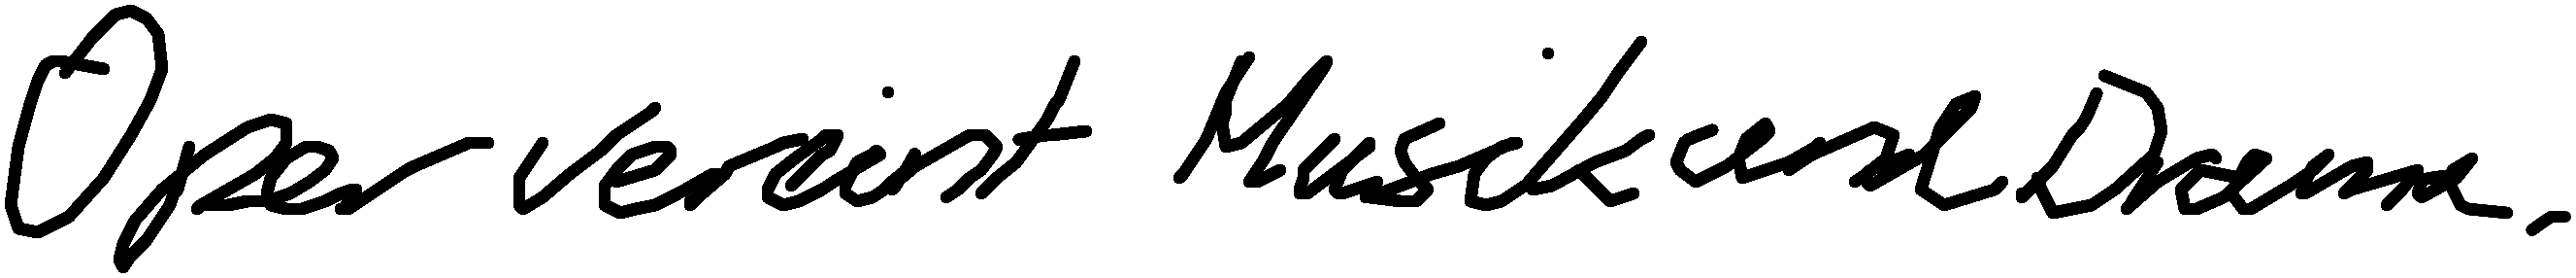
Oper vereint Musik und Drama.